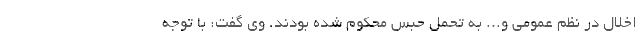
اخلال در نظم عمومی و... به تحمل حبس محکوم شده بودند. وی گفت: با توجه